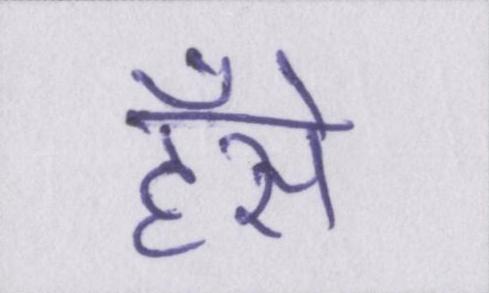
हँसे